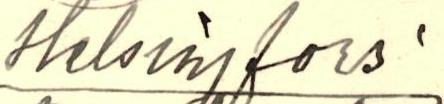
Helsingfors: